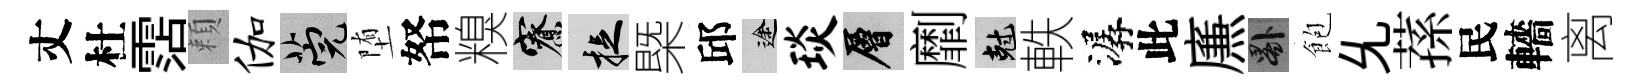
丈杜霑頼伽筦堕帑糗寮捉㮣邱途琰層劘剋軼潺此㢘晷飽𠃔蓀民轖离